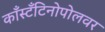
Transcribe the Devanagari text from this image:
काँस्टँटिनोपोलवर